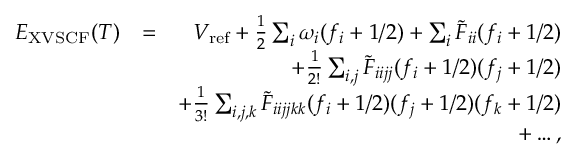
\begin{array} { r l r } { E _ { \mathrm { X V S C F } } ( T ) } & { = } & { V _ { \mathrm { r e f } } + \frac { 1 } { 2 } \sum _ { i } \omega _ { i } ( f _ { i } + 1 / 2 ) + \sum _ { i } \tilde { F } _ { i i } ( f _ { i } + 1 / 2 ) } \\ & { } & { + \frac { 1 } { 2 ! } \sum _ { i , j } \tilde { F } _ { i i j j } ( f _ { i } + 1 / 2 ) ( f _ { j } + 1 / 2 ) } \\ & { } & { + \frac { 1 } { 3 ! } \sum _ { i , j , k } \tilde { F } _ { i i j j k k } ( f _ { i } + 1 / 2 ) ( f _ { j } + 1 / 2 ) ( f _ { k } + 1 / 2 ) } \\ & { } & { + \dots , } \end{array}